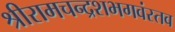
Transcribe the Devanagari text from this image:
श्रीरामचन्द्रशभगवंस्तव